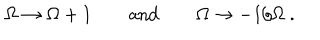
LaTeX: \Omega \to \Omega + 1 \qquad \mathrm { a n d } \qquad \Omega \to - 1 / \Omega \ .